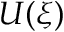
U ( \xi )